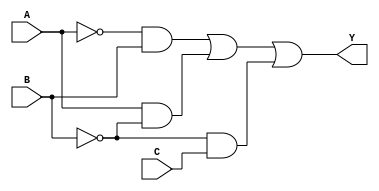
module combinational_logic (
    input wire A,
    input wire B,
    input wire C,
    output wire Y
);

// Logic Implementation based on the derived expression
assign Y = (~A & B) | (A & ~B) | (~B & C);

endmodule